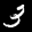
Label: 3